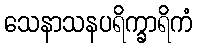
သေနာသနပရိက္ခာရိကံ